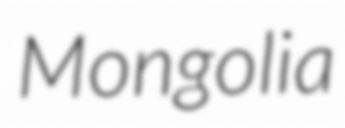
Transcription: Mongolia